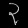
Digit: ၃